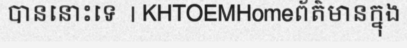
បាននោះទេ  | KHTOEMHomeព័ត៌មានក្នុង